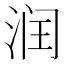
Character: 润